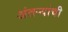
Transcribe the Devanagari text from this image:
अंतऱ्यांची